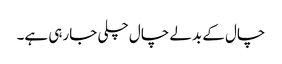
چال کے بدلے چال چلی جارہی ہے۔